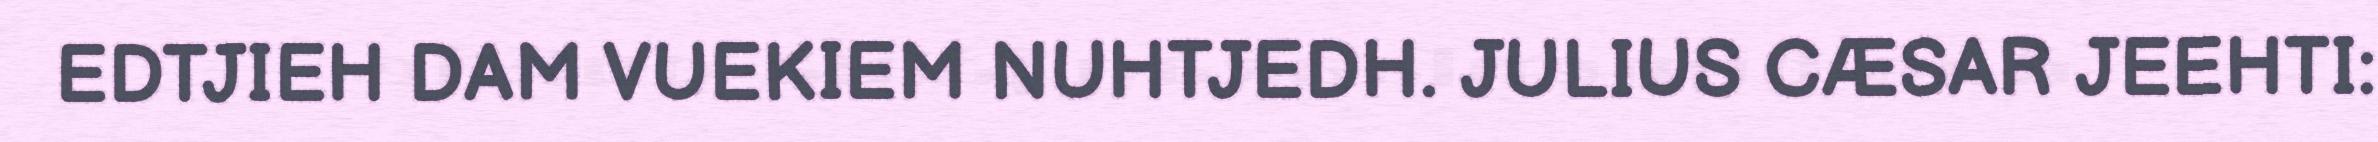
EDTJIEH DAM VUEKIEM NUHTJEDH. JULIUS CÆSAR JEEHTI: